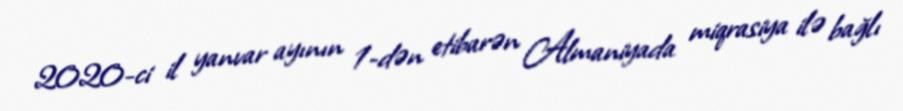
2020-ci il yanvar ayının 1-dən etibarən Almaniyada miqrasiya ilə bağlı